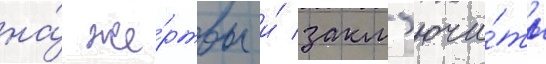
на́ же́ртвы и́ закл'ючи́ть